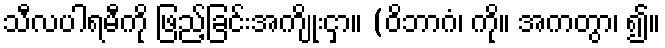
သီလပါရမီကို ဖြည့်ခြင်းအကျိုးငှာ။ (ဝိဘာဂံ၊ ကို။ အကတွာ၊ ၍။